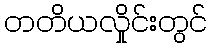
တတိယလှိုင်းတွင်